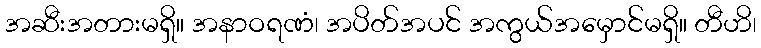
အဆီးအတားမရှိ။ အနာဝရဏံ၊ အပိတ်အပင် အကွယ်အမှောင်မရှိ။ တီဟိ၊